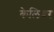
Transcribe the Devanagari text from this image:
केलिबर